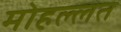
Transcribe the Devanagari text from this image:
मोहल्लत